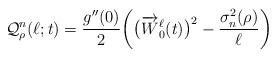
LaTeX: \begin{align*}\mathcal{Q}^n_\rho (\ell ; t ) = \frac{ g^{ \prime \prime } (0) }{ 2 } \bigg( \big( \overrightarrow{W}^\ell_0 (t) \big)^2 - \frac{ \sigma^2_n (\rho ) }{ \ell } \bigg) \end{align*}